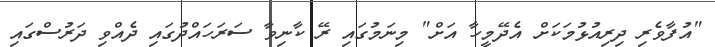
"އުފާވެރި ދިރިއުޅުމަކަށް އެދޭމީހާ އަށް" މިނަމުގައި ރޭ ކާނިވާ ސަރަހައްދުގައި ދެއްވި ދަރުސްގައި